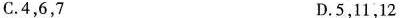
C.4，6，7 D.5，11，12